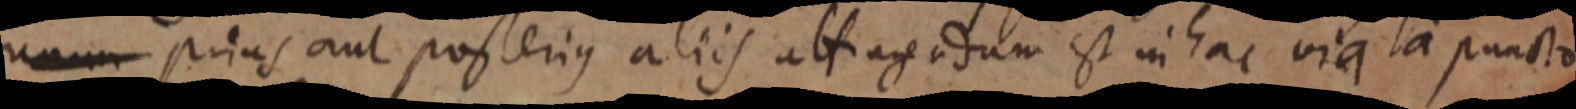
unum prius aut posterius aliis attiag adum est intac via a puncto